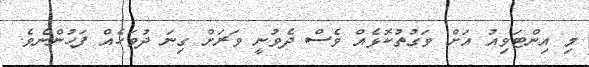
މި އިންޓަވިއު އަށް ވަގުތުކޮޅެއް ވެސް ދެވުނީ ވަރަށް ގިނަ ދުވަހެއް ފަހުންނެވެ.